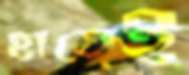
হাতেই